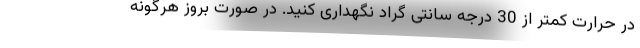
در حرارت کمتر از 30 درجه سانتی گراد نگهداری کنید. در صورت بروز هرگونه